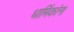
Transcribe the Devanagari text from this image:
धार्मिकांना